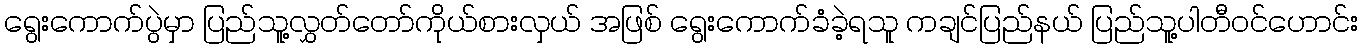
ရွေးကောက်ပွဲမှာ ပြည်သူ့လွှတ်တော်ကိုယ်စားလှယ် အဖြစ် ရွေးကောက်ခံခဲ့ရသူ ကချင်ပြည်နယ် ပြည်သူ့ပါတီဝင်ဟောင်း